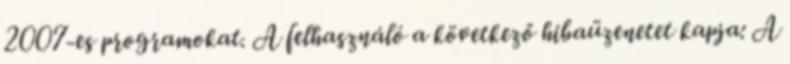
2007-es programokat. A felhasználó a következő hibaüzenetet kapja: A